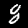
Digit: 8